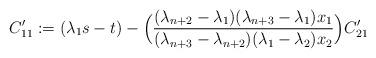
LaTeX: \begin{align*} C'_{11}:=(\lambda_1s-t)-\Big(\frac{(\lambda_{n+2}-\lambda_1)(\lambda_{n+3}-\lambda_1)x_1}{(\lambda_{n+3}-\lambda_{n+2})(\lambda_1-\lambda_2)x_2}\Big)C'_{21}\end{align*}